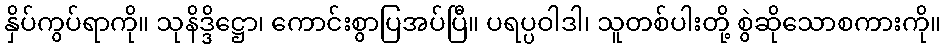
နှိပ်ကွပ်ရာကို။ သုနိဒ္ဒိဋ္ဌော၊ ကောင်းစွာပြအပ်ပြီ။ ပရပ္ပဝါဒါ၊ သူတစ်ပါးတို့ စွဲဆိုသောစကားကို။